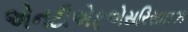
એનટીએફએસરિસાઇઝ